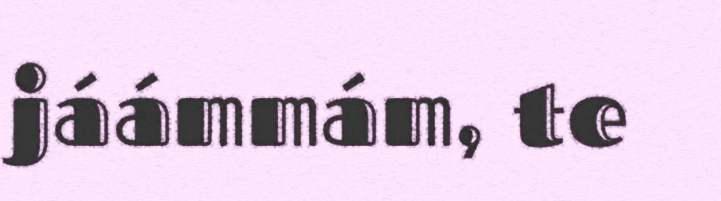
jáámmám, te